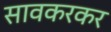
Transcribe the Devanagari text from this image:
सावकरकर